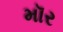
મૉર